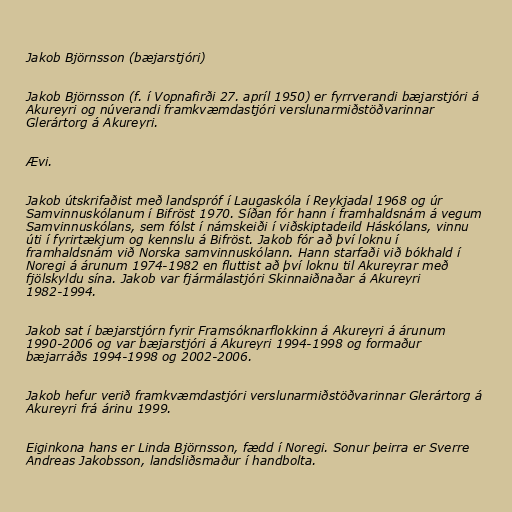
Jakob Björnsson (bæjarstjóri)

Jakob Björnsson (f. í Vopnafirði 27. apríl 1950) er fyrrverandi bæjarstjóri á
Akureyri og núverandi framkvæmdastjóri verslunarmiðstöðvarinnar
Glerártorg á Akureyri.

Ævi.

Jakob útskrifaðist með landspróf í Laugaskóla í Reykjadal 1968 og úr
Samvinnuskólanum í Bifröst 1970. Síðan fór hann í framhaldsnám á vegum
Samvinnuskólans, sem fólst í námskeiði í viðskiptadeild Háskólans, vinnu
úti í fyrirtækjum og kennslu á Bifröst. Jakob fór að því loknu í
framhaldsnám við Norska samvinnuskólann. Hann starfaði við bókhald í
Noregi á árunum 1974-1982 en fluttist að því loknu til Akureyrar með
fjölskyldu sína. Jakob var fjármálastjóri Skinnaiðnaðar á Akureyri
1982-1994.

Jakob sat í bæjarstjórn fyrir Framsóknarflokkinn á Akureyri á árunum
1990-2006 og var bæjarstjóri á Akureyri 1994-1998 og formaður
bæjarráðs 1994-1998 og 2002-2006.

Jakob hefur verið framkvæmdastjóri verslunarmiðstöðvarinnar Glerártorg á
Akureyri frá árinu 1999.

Eiginkona hans er Linda Björnsson, fædd í Noregi. Sonur þeirra er Sverre
Andreas Jakobsson, landsliðsmaður í handbolta.